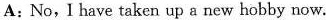
A: No, I have taken up a new hobby now.